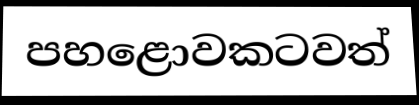
පහළොවකටවත්